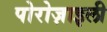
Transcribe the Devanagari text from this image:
पोरोज़ाइली